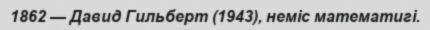
1862 — Давид Гильберт (1943), неміс математигі.